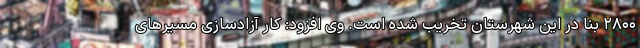
۲۸۰۰ بنا در این شهرستان تخریب شده است. وی افزود: کار آزادسازی مسیرهای